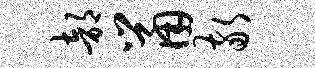
部鼠敬